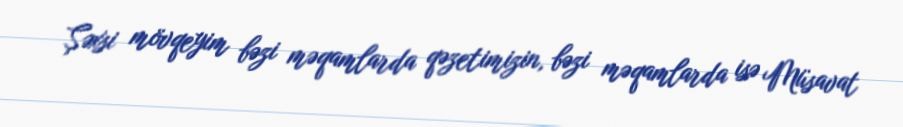
Şəxsi mövqeyim bəzi məqamlarda qəzetimizin, bəzi məqamlarda isə Müsavat